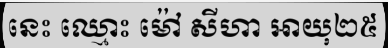
នេះ ឈ្មោះ ម៉ៅ សីហា អាយុ២៥